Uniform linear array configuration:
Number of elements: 16
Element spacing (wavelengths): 0.5
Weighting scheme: kaiser
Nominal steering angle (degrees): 45
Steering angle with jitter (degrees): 45.762
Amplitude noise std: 0.05
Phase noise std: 0.05

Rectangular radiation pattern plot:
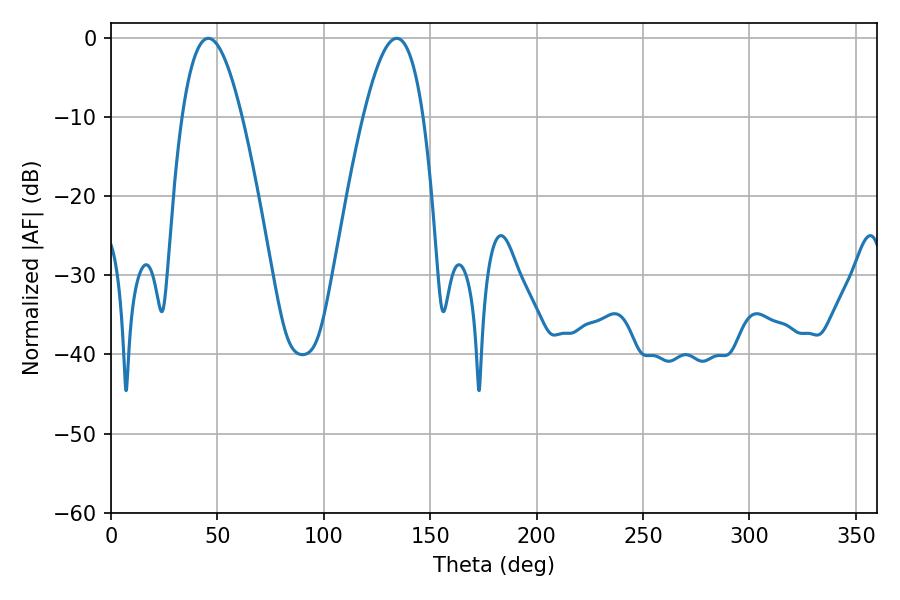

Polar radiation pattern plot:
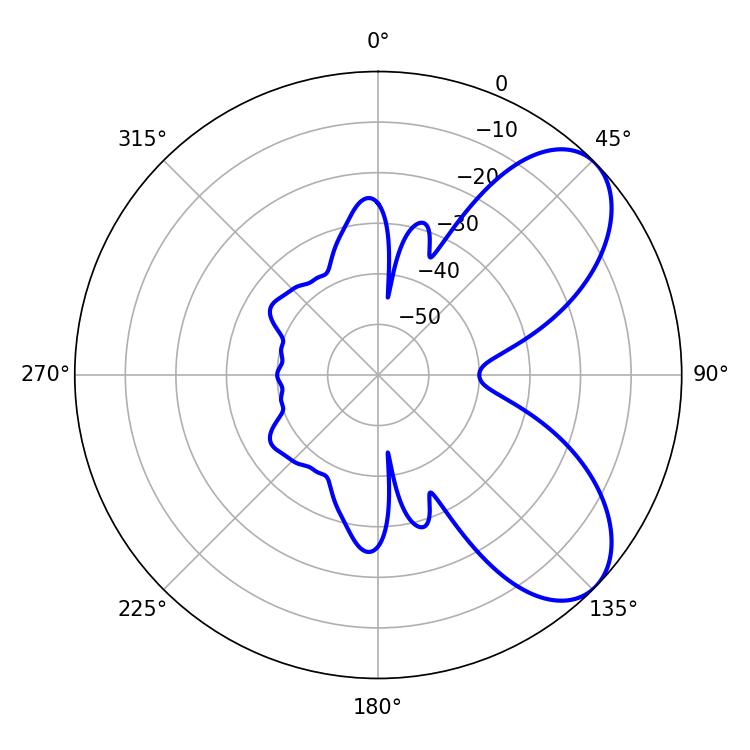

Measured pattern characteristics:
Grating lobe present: FALSE
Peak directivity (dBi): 6.795
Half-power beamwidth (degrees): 15.48
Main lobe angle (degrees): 45.72